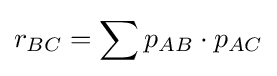
r_{BC}=\sum p_{AB}\cdot p_{AC}